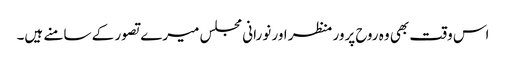
اس وقت بھی وہ روح پرور منظر اور نورانی مجلس میرے تصور کے سامنے ہیں۔